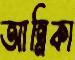
আন্নিকা